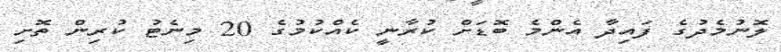
ލޮނުމެދުގެ ފައިދާ އެންމެ ބޮޑަށް ކުރާނީ ކެއްކުމުގެ 20 މިނެޓު ކުރިން ތޮށި